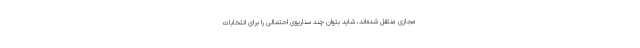
مجازی منتقل شده‌اند، شاید بتوان چند سناریوی احتمالی را برای انتخابات